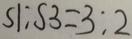
S 1 : S 3 = 3 : 2